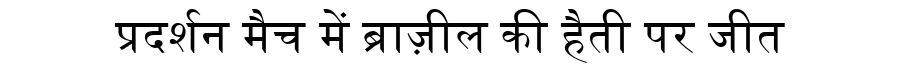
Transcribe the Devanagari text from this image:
प्रदर्शन मैच में ब्राज़ील की हैती पर जीत